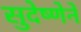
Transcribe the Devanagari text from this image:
सुदेष्णेने